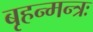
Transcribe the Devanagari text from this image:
बृहन्मन्त्रः